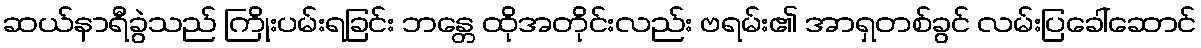
ဆယ်နာရီခွဲသည် ကြိုးပမ်းရခြင်း ဘန္တေ ထိုအတိုင်းလည်း ဗရမ်း၏ အာရှတစ်ခွင် လမ်းပြခေါ်ဆောင်